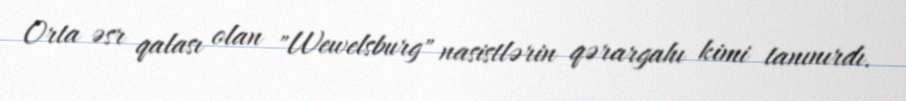
Orta əsr qalası olan "Wewelsburg" nasistlərin qərargahı kimi tanınırdı.